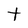
Character: t